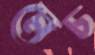
মেচ